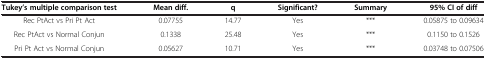
<table><thead><tr><td><b>Tukey’s multiple comparison test</b></td><td><b>Mean diff.</b></td><td><b>q</b></td><td><b>Significant?</b></td><td><b>Summary</b></td><td><b>95% CI of diff</b></td></tr></thead><tbody><tr><td>Rec PtAct vs Pri Pt Act</td><td>0.07755</td><td>14.77</td><td>Yes</td><td>***</td><td>0.05875 to 0.09634</td></tr><tr><td>Rec PtAct vs Normal Conjun</td><td>0.1338</td><td>25.48</td><td>Yes</td><td>***</td><td>0.1150 to 0.1526</td></tr><tr><td>Pri Pt Act vs Normal Conjun</td><td>0.05627</td><td>10.71</td><td>Yes</td><td>***</td><td>0.03748 to 0.07506</td></tr></tbody></table>